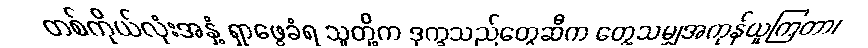
တစ်ကိုယ်လုံးအနှံ့ ရှာဖွေခံရ သူတို့က ဒုက္ခသည်တွေဆီက တွေ့သမျှအကုန်ယူကြတာ၊